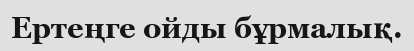
Ертеңге ойды бұрмалық.